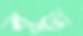
বুড়